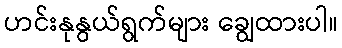
ဟင်းနုနွယ်ရွက်များ ချွေထားပါ။